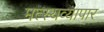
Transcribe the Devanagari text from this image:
मत्स्यव्यापार